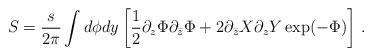
LaTeX: \begin{align*}S = \frac{s}{2\pi}\int d\phi dy \left[\frac 12 \partial_z \Phi \partial_{\bar z} \Phi + 2 \partial_{\bar z} X \partial_z Y \exp(-\Phi) \right]\,. \end{align*}